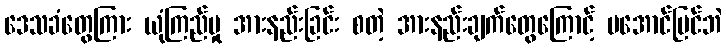
ဒေသခံတွေကြား ယုံကြည်မှု အားနည်းခြင်း စတဲ့ အားနည်းချက်တွေကြောင့် မအောင်မြင်ဘဲ